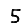
Digit: 5